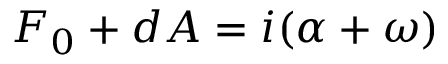
F _ { 0 } + d A = i ( \alpha + \omega )